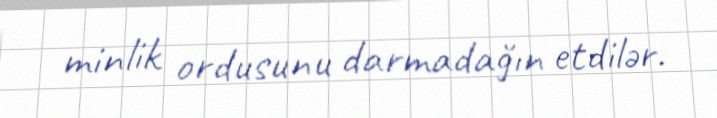
minlik ordusunu darmadağın etdilər.